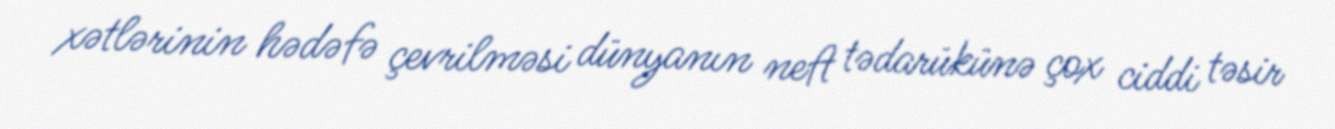
xətlərinin hədəfə çevrilməsi dünyanın neft tədarükünə çox ciddi təsir